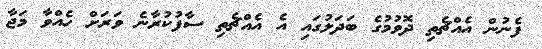
ފެނުން އެއްޗެތި ދޮވުމުގެ ބަދަލުގައި އެ އެއްޗެތި ސާފުކުރާނެ ވަރަށް ހެއްވާ މަޖާ